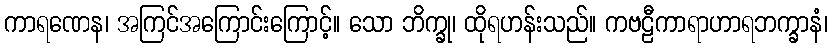
ကာရဏေန၊ အကြင်အကြောင်းကြောင့်။ သော ဘိက္ခု၊ ထိုရဟန်းသည်။ ကဗဠီကာရာဟာရဘက္ခာနံ၊